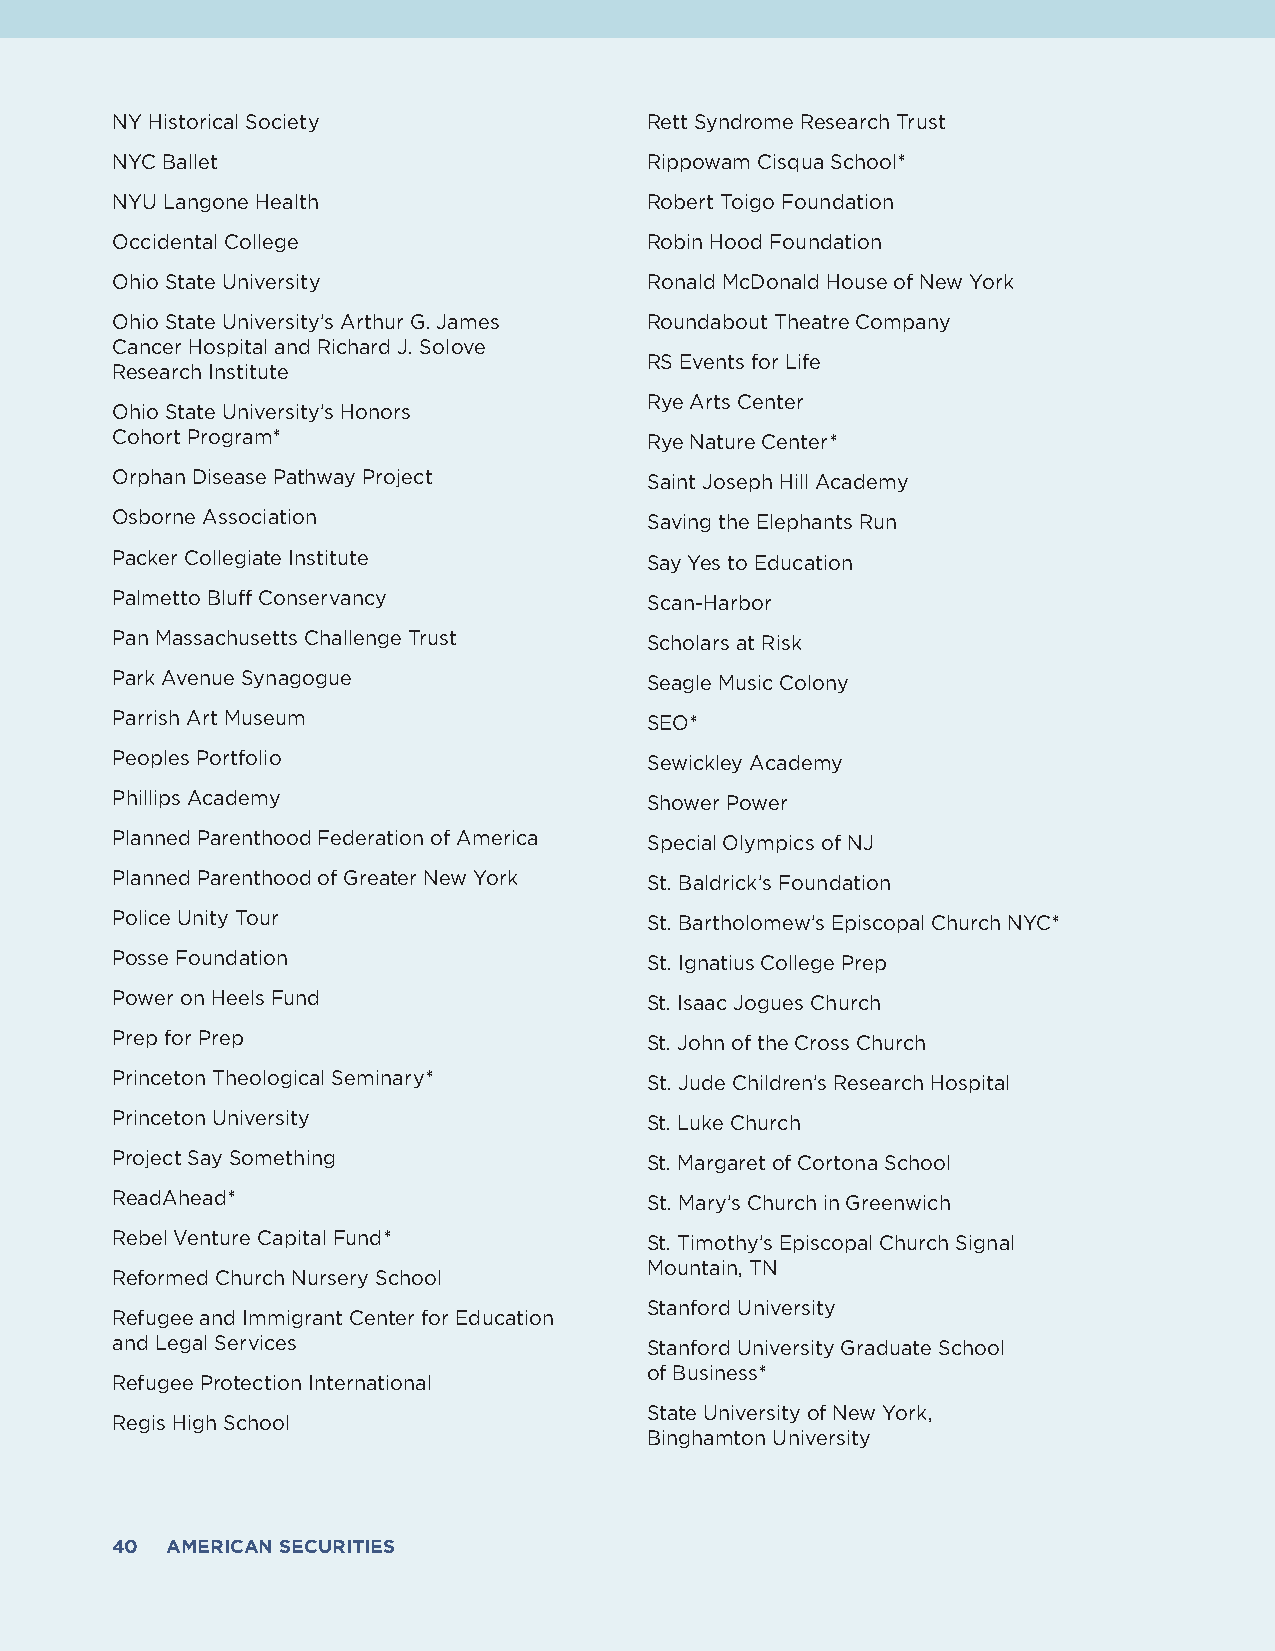
NY Historical Society               Rett Syndrome Research Trust
 NYC Ballet                          Rippowam Cisqua School*
 NYU Langone Health                  Robert Toigo Foundation
 Occidental College                  Robin Hood Foundation
 Ohio State University               Ronald McDonald House of New York
 Ohio State University’s Arthur G. James Roundabout Theatre Company
 Cancer Hospital and Richard J. Solove
 RS Events for Life
 Research Institute
 Rye Arts Center
 Ohio State University’s Honors
 Cohort Program*                     Rye Nature Center*
 Orphan Disease Pathway Project      Saint Joseph Hill Academy
 Osborne Association                 Saving the Elephants Run
 Packer Collegiate Institute         Say Yes to Education
 Palmetto Bluff Conservancy          Scan-Harbor
 Pan Massachusetts Challenge Trust   Scholars at Risk
 Park Avenue Synagogue               Seagle Music Colony
 Parrish Art Museum                  SEO*
 Peoples Portfolio                   Sewickley Academy
 Phillips Academy                    Shower Power
 Planned Parenthood Federation of America Special Olympics of NJ
 Planned Parenthood of Greater New York St. Baldrick’s Foundation
 Police Unity Tour                   St. Bartholomew’s Episcopal Church NYC*
 Posse Foundation                    St. Ignatius College Prep
 Power on Heels Fund                 St. Isaac Jogues Church
 Prep for Prep                       St. John of the Cross Church
 Princeton Theological Seminary*     St. Jude Children’s Research Hospital
 Princeton University                St. Luke Church
 Project Say Something               St. Margaret of Cortona School
 ReadAhead*                          St. Mary’s Church in Greenwich
 Rebel Venture Capital Fund*         St. Timothy’s Episcopal Church Signal
 Mountain, TN
 Reformed Church Nursery School
 Stanford University
 Refugee and Immigrant Center for Education
 and Legal Services                  Stanford University Graduate School
 of Business*
 Refugee Protection International
 State University of New York,
 Regis High School
 Binghamton University
 40  AMERICAN SECURITIES